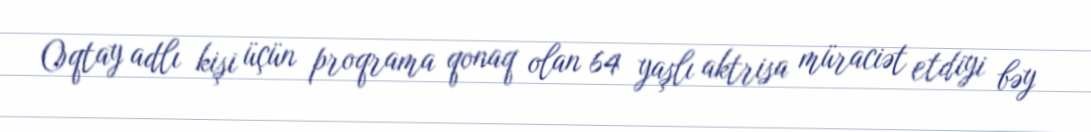
Oqtay adlı kişi üçün proqrama qonaq olan 64 yaşlı aktrisa müraciət etdiyi bəy